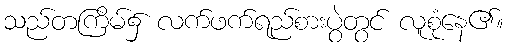
သည်တကြိမ်၌ လက်ဖက်ရည်စားပွဲတွင် လူစုံနေ၏။